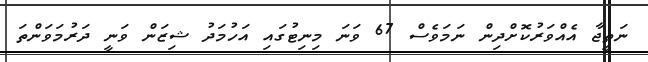
ނަތީޖާ އެއްވަރުކޮށްދިން ނަމަވެސް 67 ވަނަ މިނިޓުގައި އަހުމަދު ޝިޒަން ވަނީ ދަރުމަވަންތަ